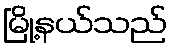
မြို့နယ်သည်